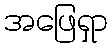
အဖြေရှာ